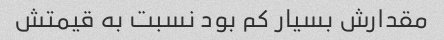
مقدارش بسیار کم بود نسبت به قیمتش